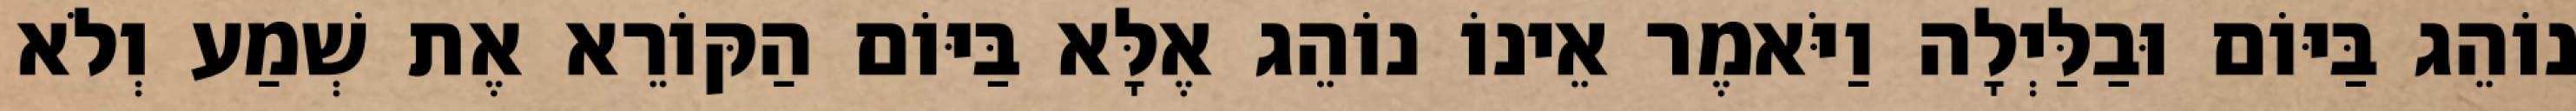
נוֹהֵג בַּיּוֹם וּבַלַּיְלָה וַיֹּאמֶר אֵינוֹ נוֹהֵג אֶלָּא בַּיּוֹם הַקּוֹרֵא אֶת שְׁמַע וְלֹא